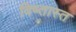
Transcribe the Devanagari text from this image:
विष्तास्त